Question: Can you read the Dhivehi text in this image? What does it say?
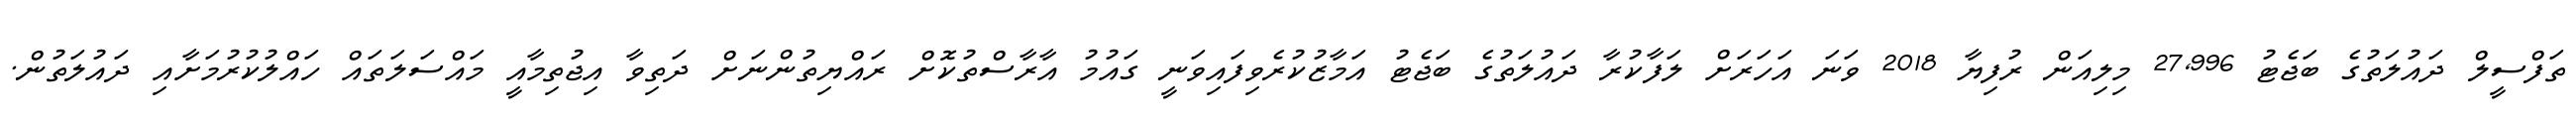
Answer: ތަފްސީލް ދައުލަތުގެ ބަޖެޓު 27,996 މިލިއަން ރުފިޔާ 2018 ވަނަ އަހަރަށް ލަފާކުރާ ދައުލަތުގެ ބަޖެޓު އަމާޒުކުރެވިފައިވަނީ ގައުމު އާރާސްތުކޮށް ރައްޔިތުންނަށް ދަތިވާ އިޖުތިމާއީ މައްސަލަތައް ހައްލުކުރުމަށާއި ދައުލަތުން.